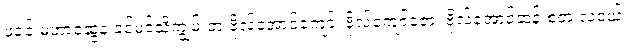
ဖခင် မဟာဆွေနဲ့ ခင်မင်သိကျွမ်းတဲ့ ဗိုလ်အောင်ကျော်၊ ဗိုလ်ကျော်ဇော၊ ဗိုလ်အောင်ဆန်းစတဲ့ လူငယ်